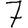
Digit: 7